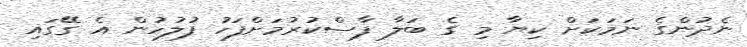
ނެދުންގެ ނަމަކަށް ކިޔާ މި ގެ ބަލާ ފާސްކުރުމަށްފަހު ފުލުހުން އެ ގޭގައި